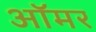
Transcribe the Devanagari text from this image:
ऑमर